Vaccination in Bombay 1863-1868 - 1863-1868
Year: 1863
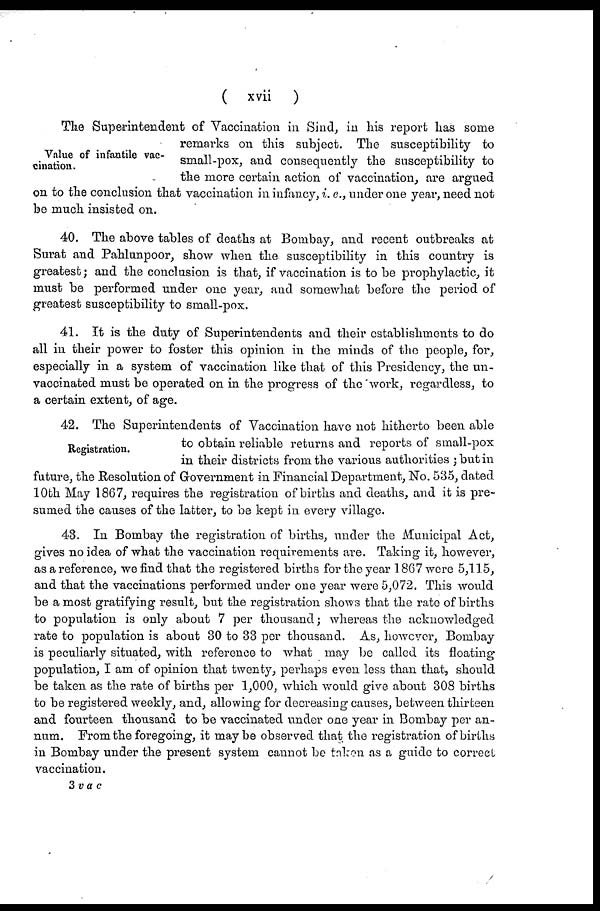
( xvii )
Value of infantile vac-
cination.
The Superintendent of Vaccination in Sind, in his report has some
remarks on this subject. The susceptibility to
small-pox, and consequently the susceptibility to
the more certain action of vaccination, are argued
on to the conclusion that vaccination in infancy, i. e., under one year, need not
be much insisted on.
40. The above tables of deaths at Bombay, and recent outbreaks at
Surat and Pahlunpoor, show when the susceptibility in this country is
greatest; and the conclusion is that, if vaccination is to be prophylactic, it
must be performed under one year, and somewhat before the period of
greatest susceptibility to small-pox.
41. It is the duty of Superintendents and their establishments to do
all in their power to foster this opinion in the minds of the people, for,
especially in a system of vaccination like that of this Presidency, the un¬
vaccinated must be operated on in the progress of the work, regardless, to
a certain extent, of age.
Registration.
42. The Superintendents of Vaccination have not hitherto been able
to obtain reliable returns and reports of small-pox
in their districts from the various authorities ; but in
future, the Resolution of Government in Financial Department, No. 535, dated
10th May 1867, requires the registration of births and deaths, and it is pre-
sumed the causes of the latter, to be kept in every village.
43. In Bombay the registration of births, under the Municipal Act,
gives no idea of what the vaccination requirements are. Taking it, however,
as a reference, we find that the registered births for the year 1867 were 5,115,
and that the vaccinations performed under one year were 5,072. This would
be a most gratifying result, but the registration shows that the rate of births
to population is only about 7 per thousand; whereas the acknowledged
rate to population is about 30 to 33 per thousand. As, however, Bombay
is peculiarly situated, with reference to what may be called its floating
population, I am of opinion that twenty, perhaps even less than that, should
be taken as the rate of births per 1,000, which would give about 308 births
to be registered weekly, and, allowing for decreasing causes, between thirteen
and fourteen thousand to be vaccinated under one year in Bombay per an-
num. From the foregoing, it may be observed that the registration of births
in Bombay under the present system cannot be taken as a guide to correct
vaccination.
3 v a c